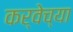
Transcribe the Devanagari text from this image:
कर्वेच्या